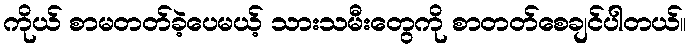
ကိုယ် စာမတတ်ခဲ့ပေမယ့် သားသမီးတွေကို စာတတ်စေချင်ပါတယ်။